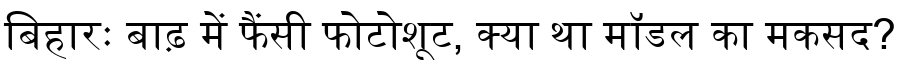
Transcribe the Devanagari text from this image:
बिहारः बाढ़ में फैंसी फोटोशूट, क्या था मॉडल का मकसद?